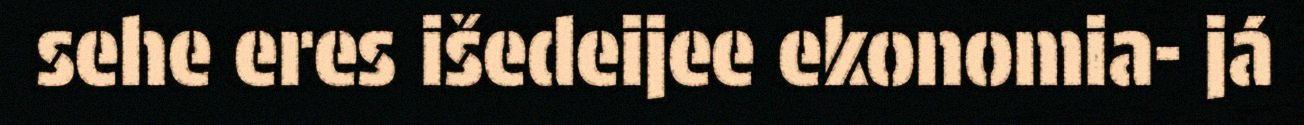
sehe eres išedeijee ekonomia- já